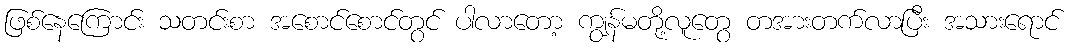
ဖြစ်နေကြောင်း သတင်းစာ အစောင်စောင်တွင် ပါလာတော့ ကျွန်မတို့လူတွေ တအားတက်လာပြီး အသားရောင်